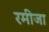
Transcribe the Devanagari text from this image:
रमीजा